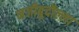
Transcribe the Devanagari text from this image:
नजीबुदौल्ला